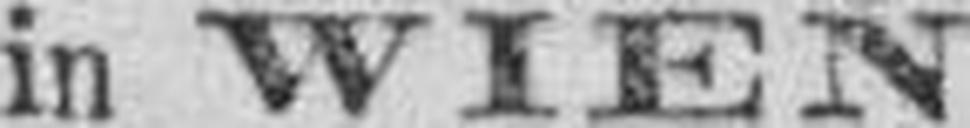
in WIEN